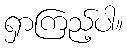
ရှာကြည့်ပါ။